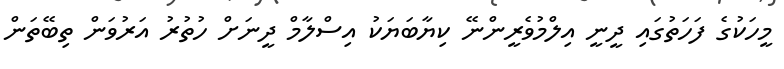
މީހަކުގެ ފަހަތުގައި ދީނީ އިލްމުވެރީންނޭ ކިޔާބަޔަކު އިސްލާމް ދީނަށް ހުތުރު އަރުވަން ތިބޭތަން